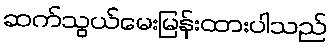
ဆက်သွယ်မေးမြန်းထားပါသည်